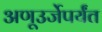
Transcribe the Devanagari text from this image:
अणूउर्जेपर्यंत